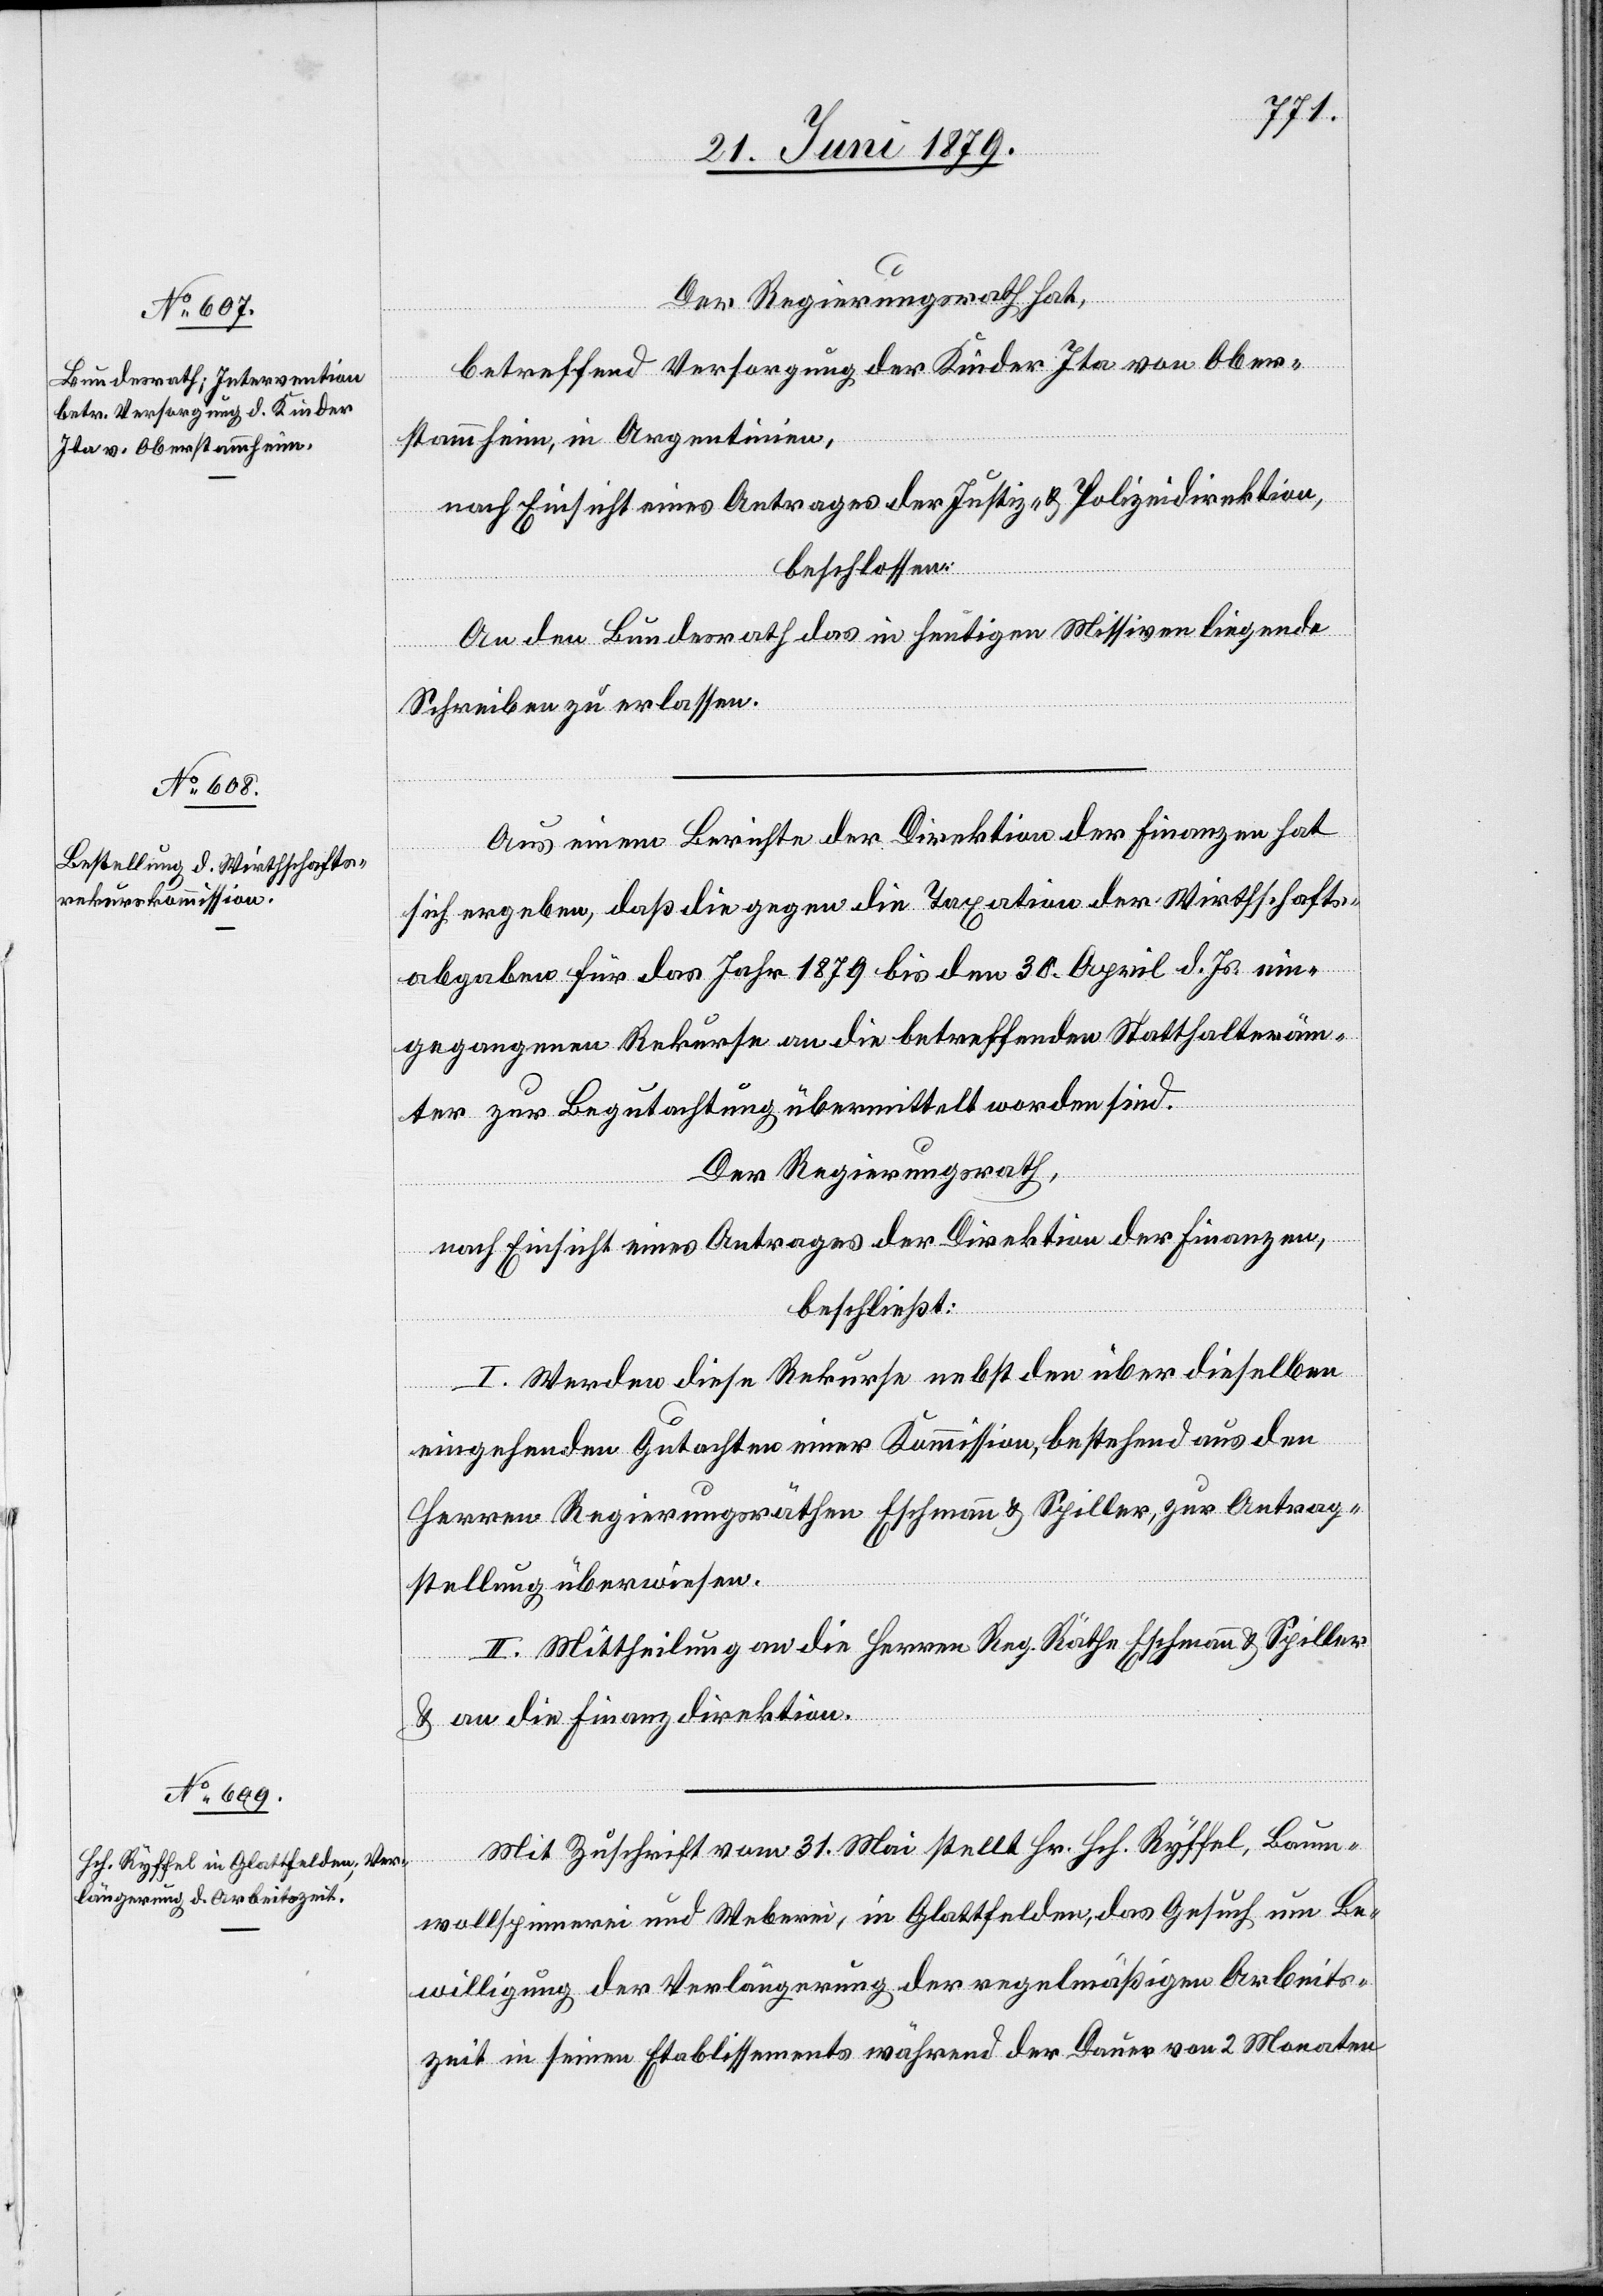
Der Regierungsrath hat,
betreffend Versorgung der Kinder Ita von Ober¬
stammheim, in Argentinien,
nach Einsicht eines Antrages der Justiz- & Polizeidirektion,
beschlossen:
An den Bundesrath das in heutigen Missiven liegende
Schreiben zu erlassen.
Aus einem Berichte der Direktion der Finanzen hat
sich ergeben, daß die gegen die Taxation der Wirthschafts¬
abgaben für das Jahr 1879 bis den 30. April d. Js. ein¬
gegangenen Rekurse an die betreffenden Statthalteräm¬
ter zur Begutachtung übermittelt worden sind.
Der Regierungsrath,
nach Einsicht eines Antrages der Direktion der Finanzen,
beschließt:
I. Werden diese Rekurse nebst den über dieselben
eingehenden Gutachten einer Kommission, bestehend aus den
Herren Regierungsräthen Eschmann & Spiller, zur Antrag¬
stellung überwiesen.
II. Mittheilung an die Herren Reg. Räthe Eschmann & Spiller
& an die Finanzdirektion.
Mit Zuschrift vom 31. Mai stellt Hr. Hch. Ryffel, Baum¬
wollspinnerei und Weberei, in Glattfelden, das Gesuch um Be¬
willigung der Verlängerung der regelmäßigen Arbeits¬
zeit in seinen Etablissements während der Dauer von 2 Monaten